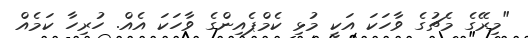
"މިރޭގެ މެޗުގެ ވާހަކަ އަކީ މުޅި ކެމްޕެއިންގެ ވާހަކަ އެއް. ހުރިހާ ކަމެއް